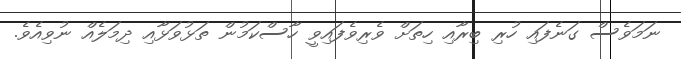
ނަމަވެސް ގަނެފައި ހުރިި ބިރާއި ހިތަށް ވެރިވެފައިވީ ހާސްކަމުން ތަޅުވަޅާއި ދިމަލެއް ނުވިއެވެ.